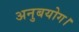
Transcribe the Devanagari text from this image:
अनुबयोग।